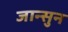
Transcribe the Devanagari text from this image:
जान्सुन